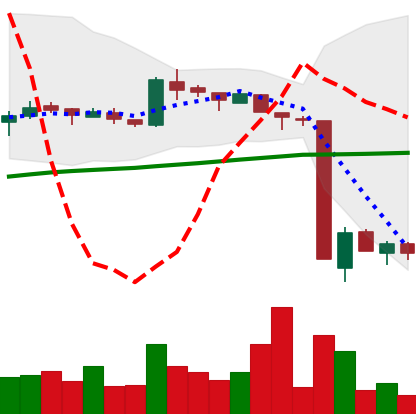
Ticker: LTC-USD
Chart end date: 2016-01-19
Forward return: 5.42%
Label: up_5_7